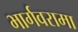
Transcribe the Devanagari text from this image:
भार्गवरामा